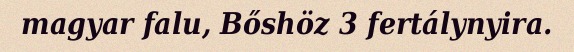
magyar falu, Bőshöz 3 fertálynyira.